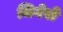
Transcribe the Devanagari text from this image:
जिगेरो